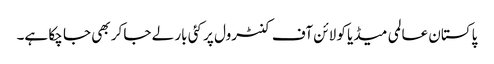
پاکستان عالمی میڈیا کو لائن آف کنٹرول پر کئی بار لے جا کر بھی جا چکا ہے۔